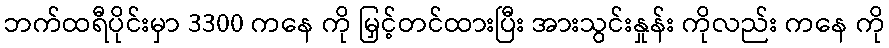
ဘက်ထရီပိုင်းမှာ 3300 ကနေ ကို မြှင့်တင်ထားပြီး အားသွင်းနှုန်း ကိုလည်း ကနေ ကို